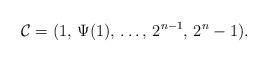
LaTeX: \begin{align*}\mathcal{C} = (1, \, \Psi(1),\, \ldots, \, 2^{n-1}, \, 2^n-1).\end{align*}